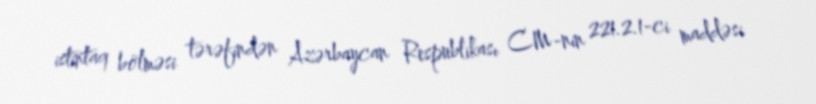
istintaq bölməsi tərəfindən Azərbaycan Respublikası CM-nin 221.2.1-ci maddəsi